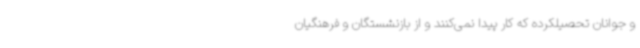
و جوانان تحصیلکرده که کار پیدا نمی‌کنند و از بازنشستگان و فرهنگیان